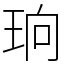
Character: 珦